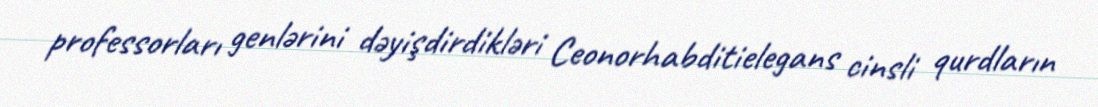
professorları genlərini dəyişdirdikləri Ceonorhabditielegans cinsli qurdların